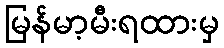
မြန်မာ့မီးရထားမှ